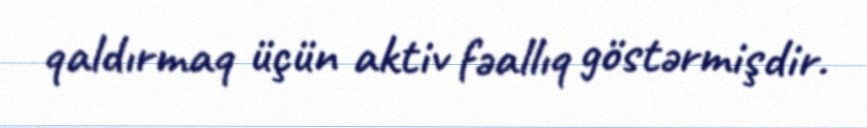
qaldırmaq üçün aktiv fəallıq göstərmişdir.